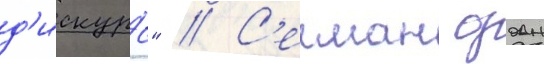
д'искурс" // С'елман оздан